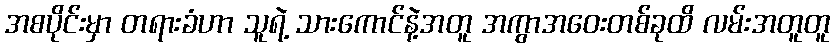
အစပိုင်းမှာ တရားခံဟာ သူရဲ့ သားကောင်နဲ့အတူ အကွာအဝေးတစ်ခုထိ လမ်းအတူတူ